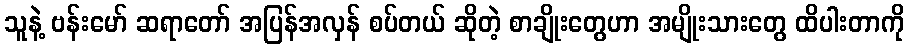
သူနဲ့ ဗန်းမော် ဆရာတော် အပြန်အလှန် စပ်တယ် ဆိုတဲ့ စာချိုးတွေဟာ အမျိုးသားတွေ ထိပါးတာကို